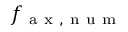
f _ { \mathrm { ~ a ~ x ~ , ~ n ~ u ~ m ~ } }